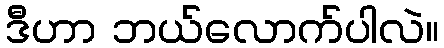
ဒီဟာ ဘယ်လောက်ပါလဲ။